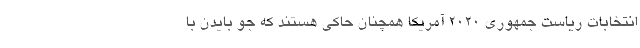
انتخابات ریاست جمهوری ۲۰۲۰ آمریکا همچنان حاکی هستند که جو بایدن با